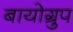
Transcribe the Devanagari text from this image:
बायोग्रुप